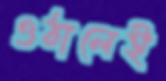
ওঠালেই